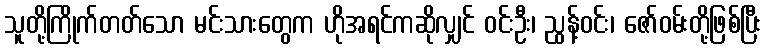
သူတို့ကြိုက်တတ်သော မင်းသားတွေက ဟိုအရင်ကဆိုလျှင် ဝင်းဦး၊ ညွန့်ဝင်း၊ ဇော်ဝမ်းတို့ဖြစ်ပြီး